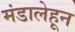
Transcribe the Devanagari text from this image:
मंडालेहून